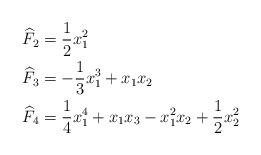
LaTeX: \begin{align*}\widehat{F}_2 &= \frac{1}{2}x_1^2\\\widehat{F}_3 &= -\frac{1}{3}x_1^3 + x_1x_2\\\widehat{F}_4 &= \frac{1}{4}x_1^4 + x_1x_3 - x_1^2x_2 + \frac{1}{2}x_2^2\end{align*}